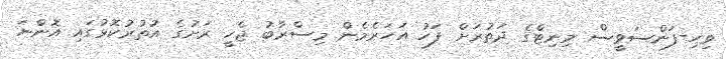
ވިހި-ފަންސަވީސް މިނިޓްގެ ދަތުރަށް ފަހު އަހަރެމެން މިސްރާބު ޖެހީ ރަށުގެ އުތުރުކޮޅުގައި އޮންނަ